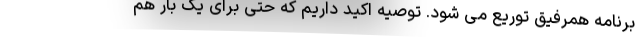
برنامه همرفیق توریع می شود. توصیه اکید داریم که حتی برای یک بار هم